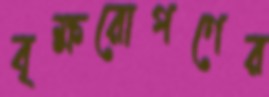
বৃক্ষরোপণের